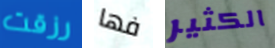
رزقت فها الكثير